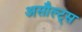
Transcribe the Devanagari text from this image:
असौल्ट्स